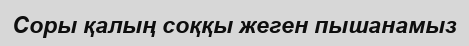
Соры қалың соққы жеген пышанамыз